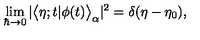
\lim _ { \hbar \to 0 } | \bigl < \eta ; t | \phi ( t ) \bigr > _ { \alpha } | ^ { 2 } = \delta ( \eta - \eta _ { 0 } ) ,